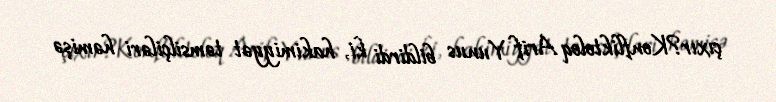
çıxır?Konfliktoloq Arif Yunus bildirdi ki, hakimiyyət təmsilçiləri həmişə